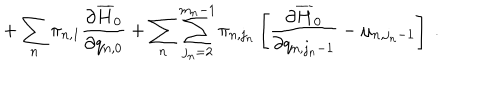
+ \sum _ { n } \pi _ { n , 1 } \frac { \partial \overline { { { H } } } _ { 0 } } { \partial q _ { n , 0 } } + \sum _ { n } \sum _ { j _ { n } = 2 } ^ { m _ { n } - 1 } \pi _ { n , j _ { n } } \left[ \frac { \partial \overline { { { H } } } _ { 0 } } { \partial q _ { n , j _ { n } - 1 } } - \mu _ { n , j _ { n } - 1 } \right] \ .